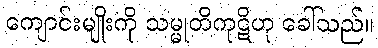
ကျောင်းမျိုးကို သမ္မုတိကုဋိဟု ခေါ်သည်။